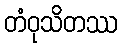
တံဝုသိတဿ